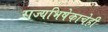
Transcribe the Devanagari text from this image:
राज्यभिषेकाचेही